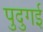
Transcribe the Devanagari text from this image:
पुदुगई